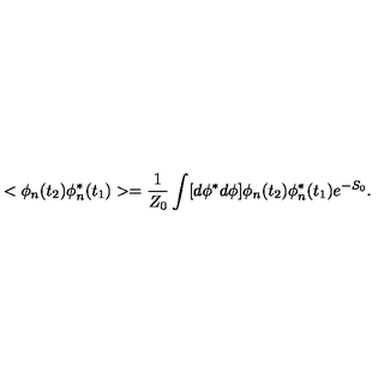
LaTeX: < \phi _ { n } ( t _ { 2 } ) \phi _ { n } ^ { * } ( t _ { 1 } ) > = \frac { 1 } { Z _ { 0 } } \int [ d \phi ^ { * } d \phi ] \phi _ { n } ( t _ { 2 } ) \phi _ { n } ^ { * } ( t _ { 1 } ) e ^ { - S _ { 0 } } .